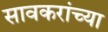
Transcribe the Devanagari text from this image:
सावकरांच्या